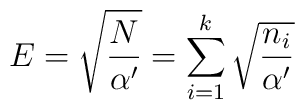
E=\sqrt{N\over \alpha'}= \sum_{i=1}^k\sqrt{n_i\over \alpha'}